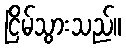
ငြိမ်သွားသည်။